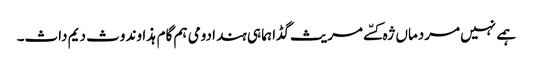
ہمے نہیں مردماں ژہ کسّے مریث گڈا ہما ہی ہند ادومی ہم گام ہذاوند وث دیم داث۔